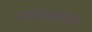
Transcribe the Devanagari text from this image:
नामदेवप्रणीत